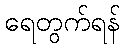
ရေတွက်ရန်